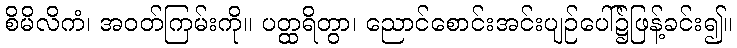
စိမိလိကံ၊ အဝတ်ကြမ်းကို။ ပတ္ထရိတွာ၊ ညောင်စောင်းအင်းပျဉ်ပေါ်၌ဖြန့်ခင်း၍။